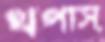
থপাস্‌